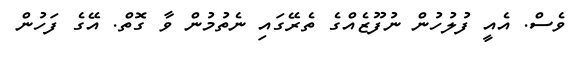
ވެސް. އެއީ ފުލުހުން ނުފޫޒެެއްގެ ތެރޭގަައި ނެތުމުން ވާ ގޮތް. އޭގެ ފަހުން